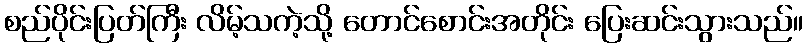
စည်ပိုင်းပြတ်ကြီး လိမ့်သကဲ့သို့ တောင်စောင်းအတိုင်း ပြေးဆင်းသွားသည်။